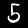
Label: 5